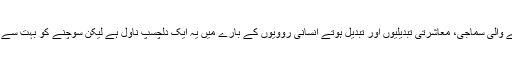
موجودہ دور میں ہونے والی سماجی، معاشرتی تبدیلیوں اور تبدیل ہوتے انسانی روویوں کے بارے میں یہ ایک دلچسپ ناول ہے لیکن سوچنے کو بہت سے سوال چھوڑ جاتا ہے۔